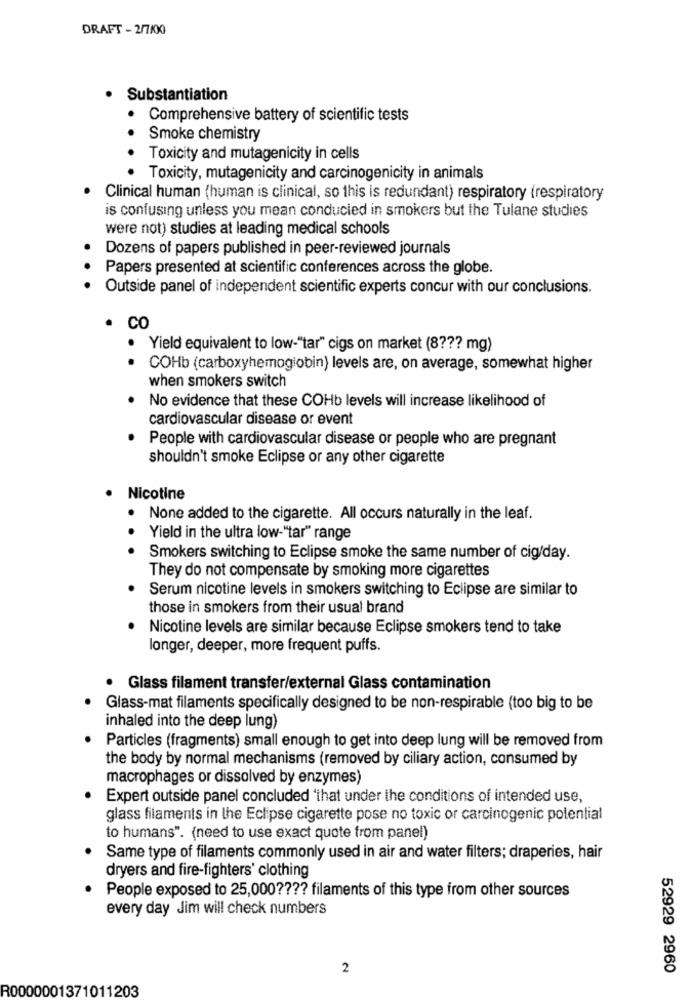
DRAFT - 2/7/000
· Substantiation
Comprehensive battery of scientific tests
Smoke chemistry
Toxicity and mutagenicity in cells
Toxicity, mutagenicity and carcinogenicity in animals
Clinical human (human is clinical, so this is redundant) respiratory (respiratory
is confusing unless you mean conducied in smokers but the Tulane studies
were not) studies at leading medical schools
Dozens of papers published in peer-reviewed journals
Papers presented at scientific conferences across the globe.
Outside panel of independent scientific experts concur with our conclusions.
. CO
Yield equivalent to low-"tar" cigs on market (8 ??? mg)
COHb (carboxyhemoglobin) levels are, on average, somewhat higher
when smokers switch
No evidence that these COHb levels will increase likelihood of
cardiovascular disease or event
People with cardiovascular disease or people who are pregnant
shouldn't smoke Eclipse or any other cigarette
Nicotine
. None added to the cigarette. All occurs naturally in the leaf.
Yield in the ultra low-"tar" range
Smokers switching to Eclipse smoke the same number of cig/day.
They do not compensate by smoking more cigarettes
Serum nicotine levels in smokers switching to Eclipse are similar to
those in smokers from their usual brand
Nicotine levels are similar because Eclipse smokers tend to take
longer, deeper, more frequent puffs.
Glass filament transfer/external Glass contamination
Glass-mat filaments specifically designed to be non-respirable (too big to be
inhaled into the deep lung)
Particles (fragments) small enough to get into deep lung will be removed from
the body by normal mechanisms (removed by ciliary action, consumed by
macrophages or dissolved by enzymes)
Expert outside panel concluded 'that under the conditions of intended use,
glass filaments in the Eclipse cigarette pose no toxic or carcinogenic potential
to humans". (need to use exact quote from panel)
Same type of filaments commonly used in air and water filters; draperies, hair
dryers and fire-fighters' clothing
People exposed to 25,000 ???? filaments of this type from other sources
every day Jim will check numbers
2
52929 2960
R0000001371011203